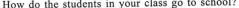
How do the students in your class go to school?